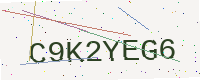
Text: C9K2YEG6